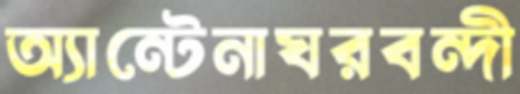
অ্যান্টেনাঘরবন্দী